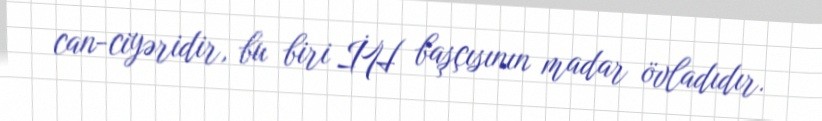
can-ciyəridir, bu biri İH başçısının madar övladıdır.